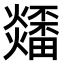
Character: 𤒳